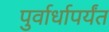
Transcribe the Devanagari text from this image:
पुर्वार्धापर्यंत